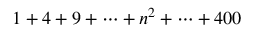
1 + 4 + 9 + \cdots + n ^ { 2 } + \cdots + 4 0 0